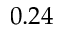
0 . 2 4